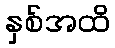
နှစ်အထိ